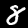
Label: 8